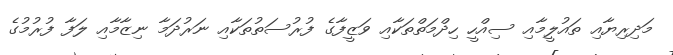
މަދިރިޔާއި ތައުލީމާއި ސިއްހީ ހިދްމަތްތަކާއި ވަޒީފާގެ ފުރުސަތުތަކާއި ނަރުދަމާ ނިޒާމާއި ލަފާ ފުރުމުގެ